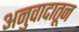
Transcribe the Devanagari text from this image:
अनुवादातून